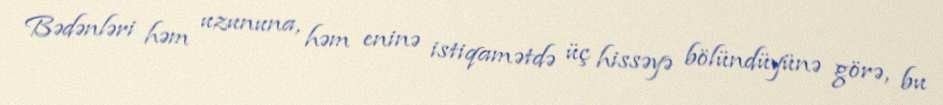
Bədənləri həm uzununa, həm eninə istiqamətdə üç hissəyə bölündüyünə görə, bu